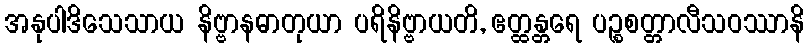
အနုပါဒိသေသာယ နိဗ္ဗာနဓာတုယာ ပရိနိဗ္ဗာယတိ, ဧတ္ထန္တရေ ပဉ္စစတ္တာလီသဝဿာနိ